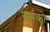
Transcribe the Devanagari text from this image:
गर्नको